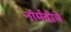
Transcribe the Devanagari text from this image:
नॉर्मंदीचे